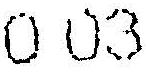
0.03